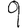
Digit: 9